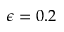
\epsilon = 0 . 2